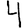
Digit: 4